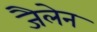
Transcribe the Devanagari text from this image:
जैलेन